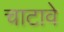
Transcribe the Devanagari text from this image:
चाटावे